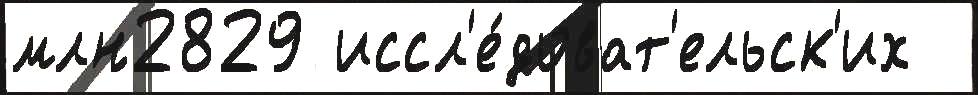
млн2829 иссл'е́доват'ельск'их